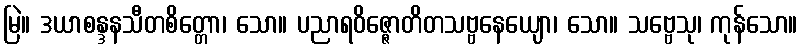
မြဲ။ ဒယာစန္ဒနသီတစိတ္တော၊ သော။ ပညာရဝိဇ္ဇောတိတသဗ္ဗနေယျော၊ သော။ သဗ္ဗေသု၊ ကုန်သော။